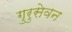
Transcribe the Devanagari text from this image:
गुरुसेवन